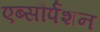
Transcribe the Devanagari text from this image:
एब्सौर्पशन